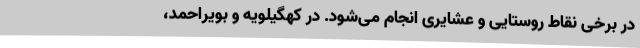
در برخی نقاط روستایی و عشایری انجام می‌شود. در کهگیلویه و بویراحمد،